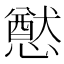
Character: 𭟂